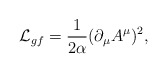
\begin{align*}{\cal L}_{gf} = {1 \over 2 \alpha} (\partial_\mu A^\mu)^2,\end{align*}